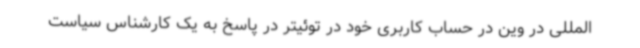
المللی در وین در حساب کاربری خود در توئیتر در پاسخ به یک کارشناس سیاست